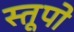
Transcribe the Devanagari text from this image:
स्‍तूपो